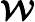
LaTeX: \mathbfcal{W}